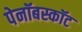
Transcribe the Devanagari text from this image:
पेनॉबस्कॉट